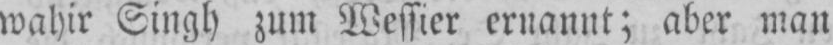
wahir Singh zum Wessier ernannt; aber man